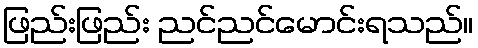
ဖြည်းဖြည်း ညင်ညင်မောင်းရသည်။